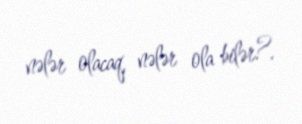
nələr olacaq, nələr ola bilər?.